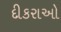
દીકરાઓ